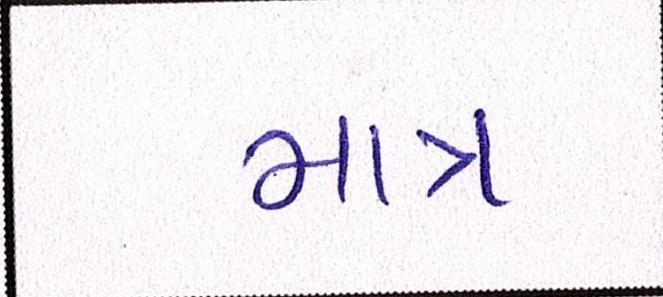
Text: માત્ર